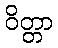
ဝိတ္တာ